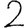
Digit: 2